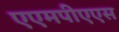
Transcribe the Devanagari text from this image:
एएमपीएएस